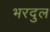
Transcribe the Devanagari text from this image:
भरदुल